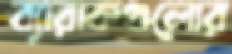
ব্যারাকগুলোর